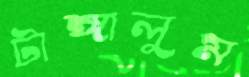
টাঙ্গালুম